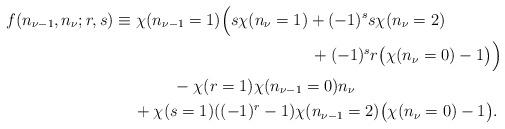
LaTeX: \begin{align*}f(n_{\nu-1},n_{\nu};r,s)&\equiv \chi( n_{\nu-1}=1) \Big(s \chi( n_{\nu}=1) + (-1)^s s \chi(n_{\nu}=2) \\&\kern5cm+(-1)^s r\big(\chi( n_{\nu}=0)-1 \big)\Big)\\&\kern1.5cm- \chi(r=1) \chi(n_{\nu-1}=0) n_{\nu} \\&\kern.5cm+ \chi(s=1) ( (-1)^r-1) \chi(n_{\nu-1}=2) \big(\chi(n_{\nu}=0)-1\big) .\end{align*}